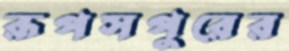
রূপসপুরের